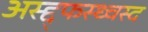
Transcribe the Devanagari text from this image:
अस्द्द्फस्ध्चस्द